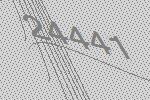
24441